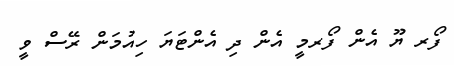
ފޯރ ޔޫ އެން ފޯރމީ އެން ދި އެންޓަޔަ ހިއުމަން ރޭސް ވީ